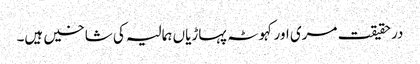
درحقیقت مری اور کہوٹہ پہاڑیاں ہمالیہ کی شاخیں ہیں۔